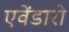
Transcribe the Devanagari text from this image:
एवेंडारो